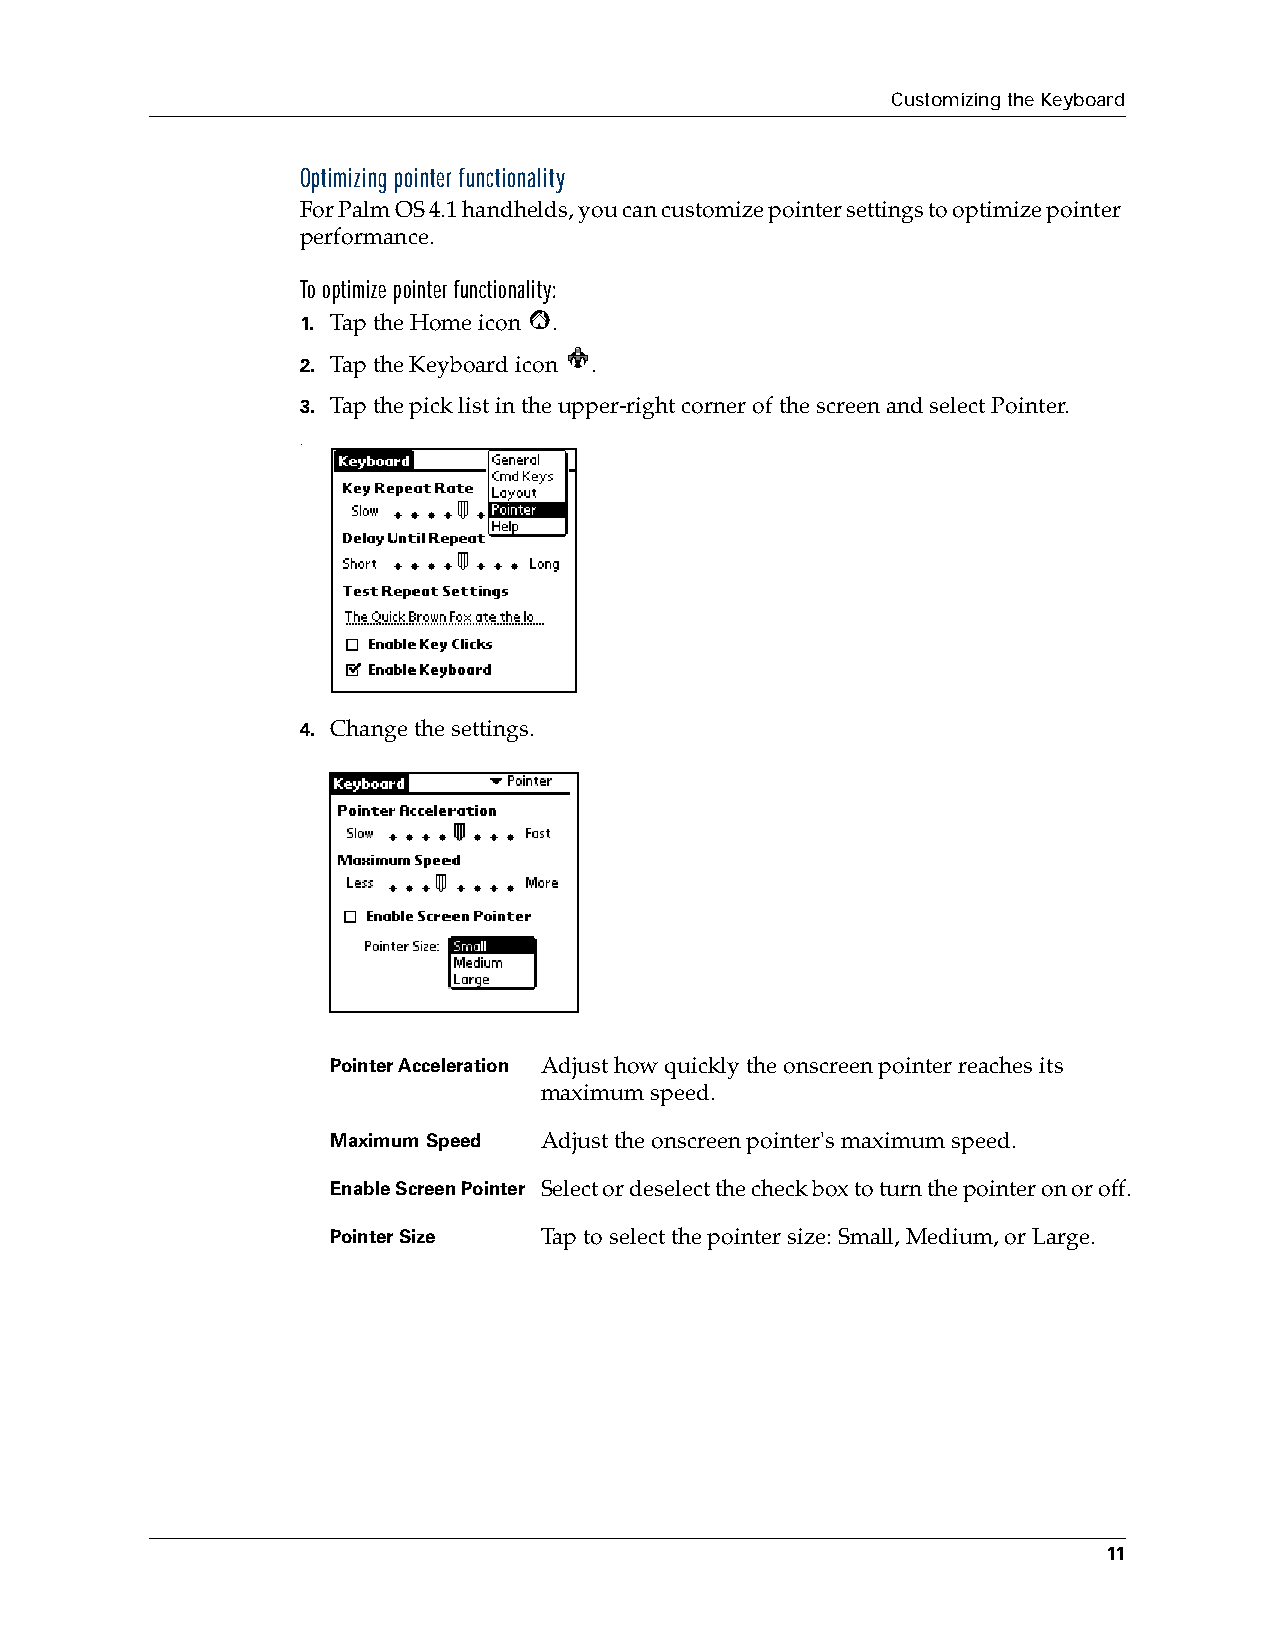
Customizing the Keyboard
 Optimizing pointer functionality
 For Palm OS 4.1 handhelds, you can customize pointer settings to optimize pointer
 performance.
 To optimize pointer functionality:
 1. Tap the Home icon .
 2. Tap the Keyboard icon .
 3. Tap the pick list in the upper-right corner of the screen and select Pointer.
 .
 4. Change the settings.
 Pointer Acceleration Adjust how quickly the onscreen pointer reaches its
 maximum speed.
 Maximum Speed Adjust the onscreen pointer's maximum speed.
 Enable Screen Pointer Select or deselect the check box to turn the pointer on or off.
 Pointer Size  Tap to select the pointer size: Small, Medium, or Large.
 11